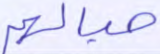
حبالهم